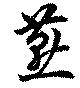
燕